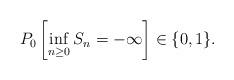
LaTeX: \begin{align*} P_0\left[\inf_{n\geq0} S_n = -\infty\right]\in\{0,1\}. \end{align*}